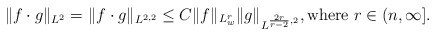
\begin{align*}\|f \cdot g\|_{L^2}=\|f \cdot g\|_{L^{2,2}}\le C\|f\|_{L^r_w}\|g\|_{L^{\frac{2r}{r-2},2}}, {\rm where}\ r\in (n, \infty].\end{align*}